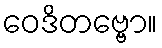
ဝေဒိတဗ္ဗော။